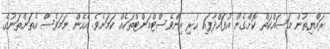
ރައްޔިތުން މަސައްކަތް ކޮށްގެން އުފައްދާފައި ހުރި އިންވެސްޓްމަންޓްތަކެއް ކަމަށެވެ. އެހެން ނަމަވެސް އެތަންތަނުގެ